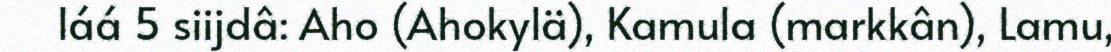
láá 5 siijdâ: Aho (Ahokylä), Kamula (markkân), Lamu,